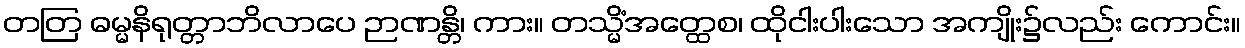
တတြ ဓမ္မနိရုတ္တာဘိလာပေ ဉာဏန္တိ၊ ကား။ တသ္မိံအတ္ထေစ၊ ထိုငါးပါးသော အကျိုး၌လည်း ကောင်း။